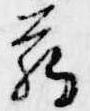
臈